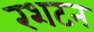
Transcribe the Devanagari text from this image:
रशटन